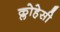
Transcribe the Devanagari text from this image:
क्लोहेसी